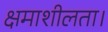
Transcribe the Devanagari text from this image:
क्षमाशीलता।